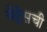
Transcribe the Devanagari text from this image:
वेट्रेसची